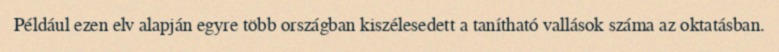
Például ezen elv alapján egyre több országban kiszélesedett a tanítható vallások száma az oktatásban.